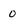
Character: 0